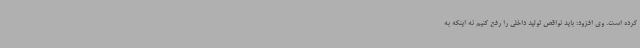
کرده است. وی افزود: باید نواقص تولید داخلی را رفع کنیم نه اینکه به